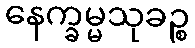
နေက္ခမ္မသုခဉ္စ